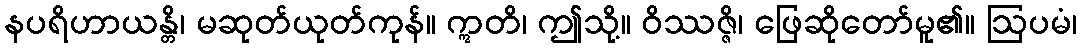
နပရိဟာယန္တိ၊ မဆုတ်ယုတ်ကုန်။ ဣတိ၊ ဤသို့။ ဝိဿဇ္ဇိ၊ ဖြေဆိုတော်မူ၏။ ဩပမံ၊